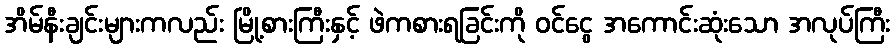
အိမ်နီးချင်းများကလည်း မြို့စားကြီးနှင့် ဖဲကစားရခြင်းကို ဝင်ငွေ အကောင်းဆုံးသော အလုပ်ကြီး